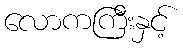
လောကကြီးနှင့်